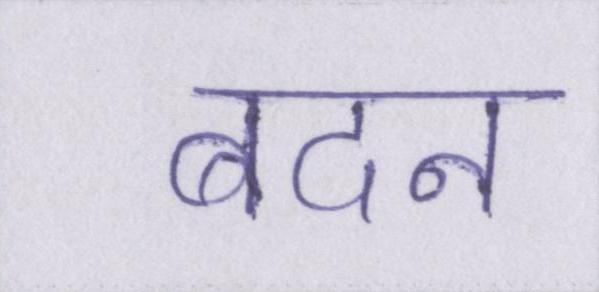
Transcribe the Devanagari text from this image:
बदन